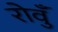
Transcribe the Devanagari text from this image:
रोवुँ